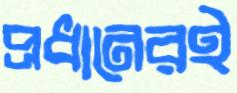
প্রধানেরই